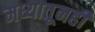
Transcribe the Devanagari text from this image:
मध्यातूनही